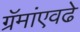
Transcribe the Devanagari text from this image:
ग्रॅमांएवढे